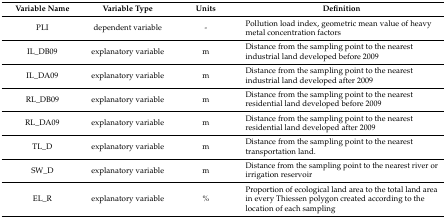
<table><thead><tr><td><b>Variable Name</b></td><td><b>Variable Type</b></td><td><b>Units</b></td><td><b>Definition</b></td></tr></thead><tbody><tr><td>PLI</td><td>dependent variable</td><td>-</td><td>Pollution load index, geometric mean value of heavy metal concentration factors</td></tr><tr><td>IL_DB09</td><td>explanatory variable</td><td>m</td><td>Distance from the sampling point to the nearest industrial land developed before 2009</td></tr><tr><td>IL_DA09</td><td>explanatory variable</td><td>m</td><td>Distance from the sampling point to the nearest industrial land developed after 2009</td></tr><tr><td>RL_DB09</td><td>explanatory variable</td><td>m</td><td>Distance from the sampling point to the nearest residential land developed before 2009</td></tr><tr><td>RL_DA09</td><td>explanatory variable</td><td>m</td><td>Distance from the sampling point to the nearest residential land developed after 2009</td></tr><tr><td>TL_D</td><td>explanatory variable</td><td>m</td><td>Distance from the sampling point to the nearest transportation land.</td></tr><tr><td>SW_D</td><td>explanatory variable</td><td>m</td><td>Distance from the sampling point to the nearest river or irrigation reservoir</td></tr><tr><td>EL_R</td><td>explanatory variable</td><td>%</td><td>Proportion of ecological land area to the total land area in every Thiessen polygon created according to the location of each sampling</td></tr></tbody></table>